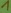
Text: 1